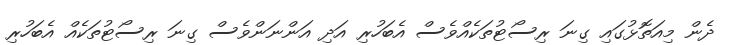
ދެން މިއަތޮޅުގައި ގިނަ ރިސޯޓުތަކެއްވެސް އެބަހުރި އަދި އަންނަންވެސް ގިނަ ރިސޯޓުތަކެއް އެބަހުރި